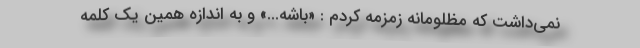
نمی‌داشت که مظلومانه زمزمه کردم : «باشه...» و به اندازه همین یک کلمه